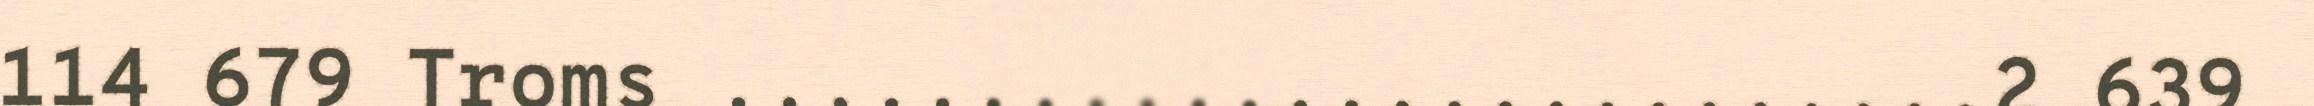
114 679 Troms .........................2 639